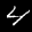
Label: 4